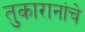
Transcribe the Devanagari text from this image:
तुकारानांचे